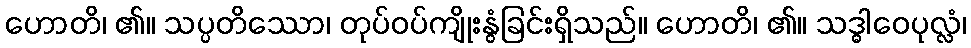
ဟောတိ၊ ၏။ သပ္ပတိဿော၊ တုပ်ဝပ်ကျိုးနွံခြင်းရှိသည်။ ဟောတိ၊ ၏။ သဒ္ဓါဝေပုလ္လံ၊